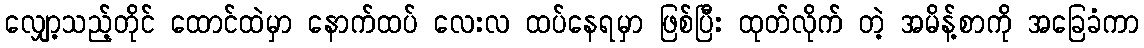
လျှော့သည့်တိုင် ထောင်ထဲမှာ နောက်ထပ် လေးလ ထပ်နေရမှာ ဖြစ်ပြီး ထုတ်လိုက် တဲ့ အမိန့်စာကို အခြေခံကာ